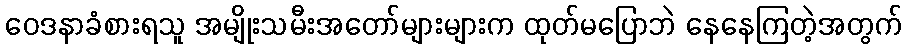
ဝေဒနာခံစားရသူ အမျိုးသမီးအတော်များများက ထုတ်မပြောဘဲ နေနေကြတဲ့အတွက်